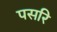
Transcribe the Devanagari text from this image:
पसरि